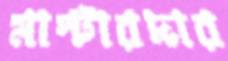
মাস্টারদার